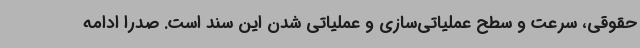
حقوقی، سرعت و سطح عملیاتی‌سازی و عملیاتی شدن این سند است. صدرا ادامه